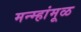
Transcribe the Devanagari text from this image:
मन्म्हांमूळ